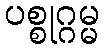
ပစ္စုဂ္ဂမ္မ